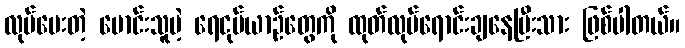
လုပ်ပေးတဲ့ မောင်းသူမဲ့ ရေငုပ်ယာဉ်တွေကို ထုတ်လုပ်ရောင်းချနေပြီးသား ဖြစ်ပါတယ်။